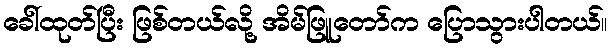
ခေါ်ထုတ်ပြီး ဖြစ်တယ်လို့ အိမ်ဖြူတော်က ပြောသွားပါတယ်။